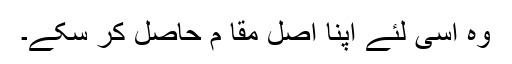
وہ اسی لئے اپنا اصل مقا م حاصل کر سکے۔